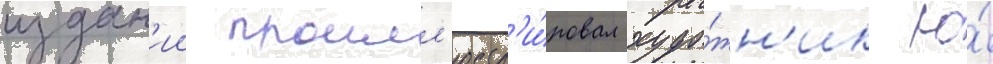
издан'ии проилл'юстр'и́ровал худо́жн'ик ю́